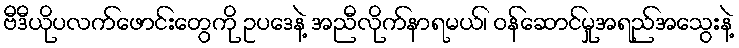
ဗီဒီယိုပလက်ဖောင်းတွေကို ဥပဒေနဲ့ အညီလိုက်နာရမယ်၊ ဝန်ဆောင်မှုအရည်အသွေးနဲ့